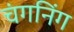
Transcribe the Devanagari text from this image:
चंगनिंग